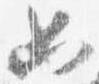
如